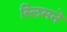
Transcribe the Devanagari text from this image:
स्लिमने